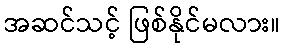
အဆင်သင့် ဖြစ်နိုင်မလား။